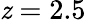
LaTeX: \mathit{z}=2.5